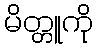
မိတ္တူကို